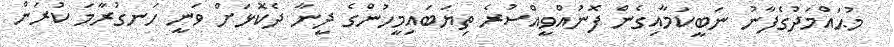
މުޙައްމަދުގެފާނު ނަބީކަމާއިގެން ފޮނުއްވީއްސުރެ ތިޔަބައިމީހުންގެ ދީނާ ދެކޮޅަށް ވަނީ ހަނގުރާމަ ކުރަން